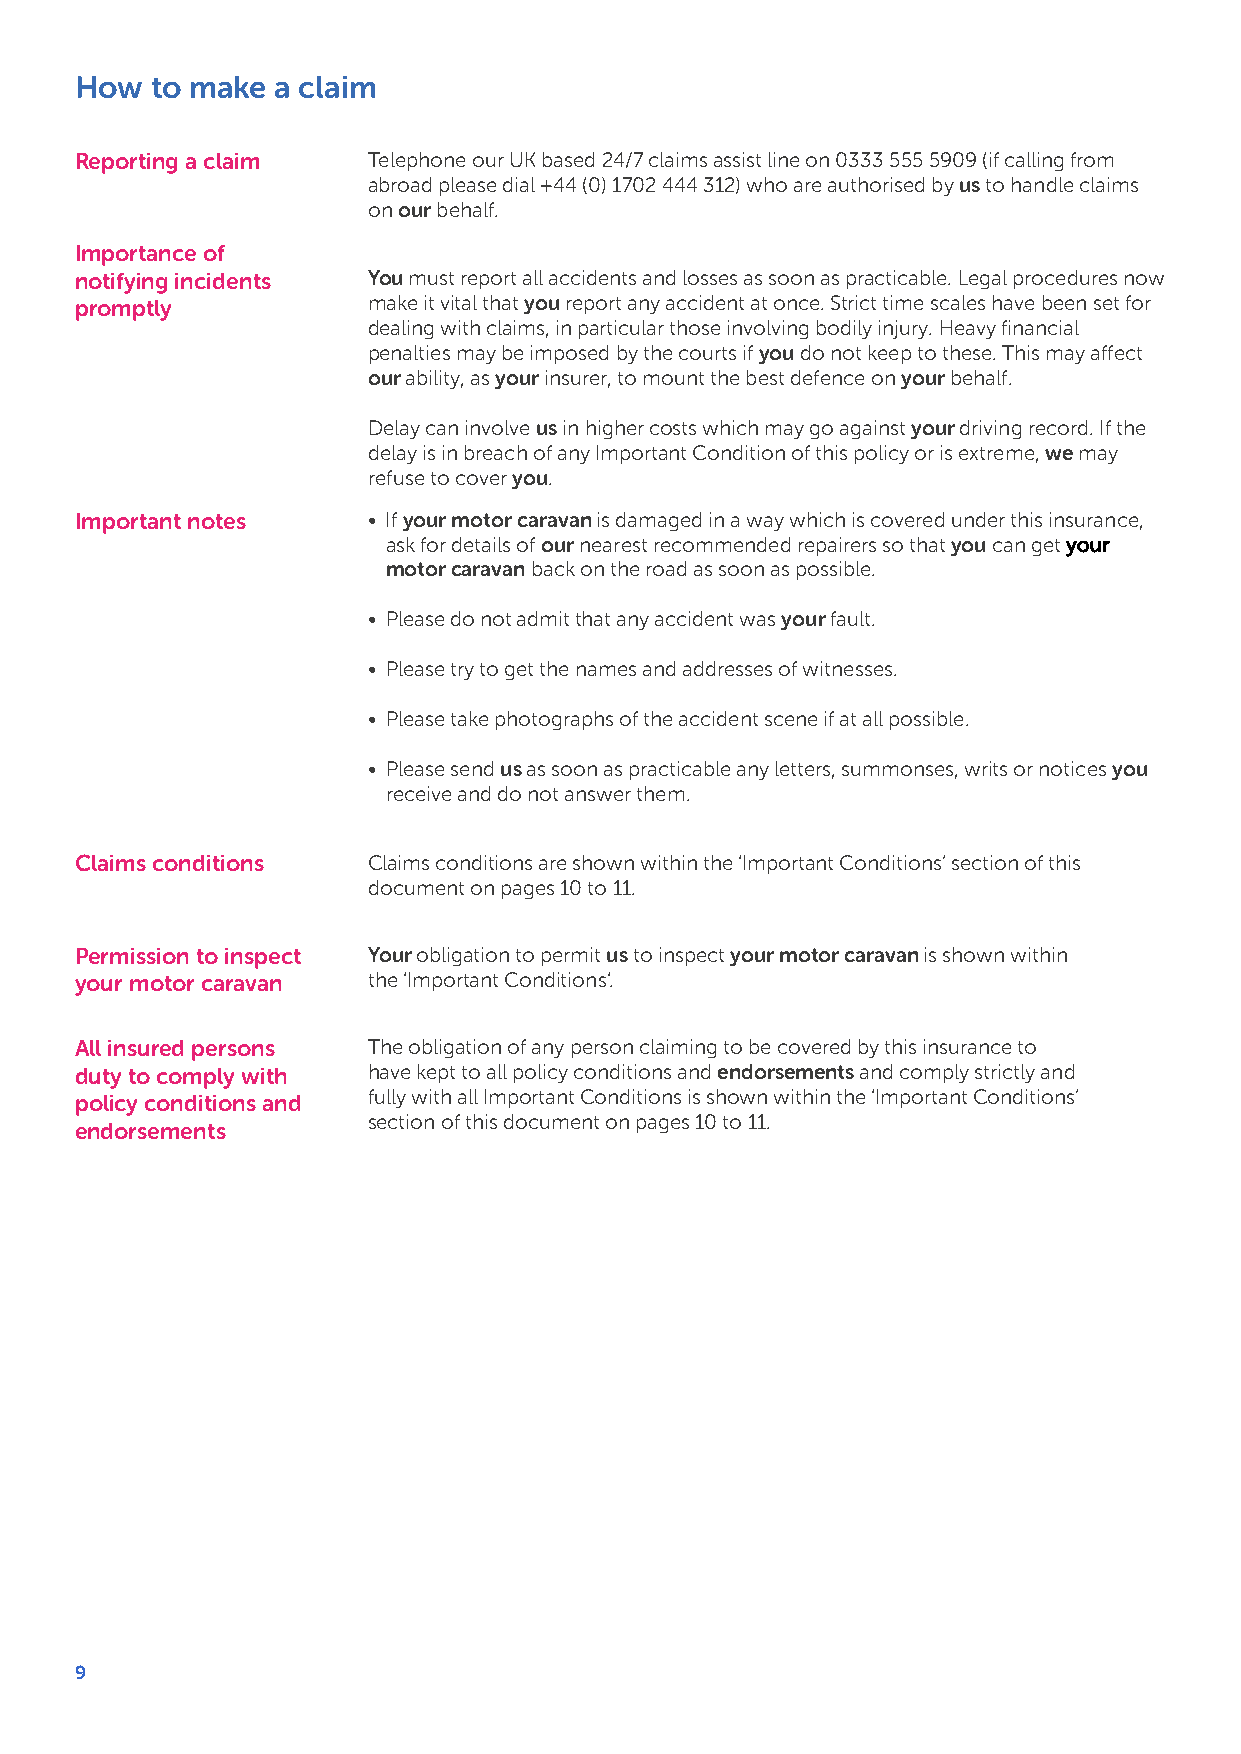
How  to make a claim
 Reporting a claim  Telephone our UK based 24/7 claims assist line on 0333 555 5909 (if calling from
 abroad please dial +44 (0) 1702 444 312) who are authorised by us to handle claims
 on our behalf.
 Importance of
 notifying incidents You must report all accidents and losses as soon as practicable. Legal procedures now
 promptly           make it vital that you report any accident at once. Strict time scales have been set for
 dealing with claims, in particular those involving bodily injury. Heavy financial
 penalties may be imposed by the courts if you do not keep to these. This may affect
 our ability, as your insurer, to mount the best defence on your behalf.
 Delay can involve us in higher costs which may go against your driving record. If the
 delay is in breach of any Important Condition of this policy or is extreme, we may
 refuse to cover you.
 Important notes    • If your motor caravan is damaged in a way which is covered under this insurance,
 ask for details of our nearest recommended repairers so that you can get your
 motor caravan back on the road as soon as possible.
 • Please do not admit that any accident was your fault.
 • Please try to get the names and addresses of witnesses.
 • Please take photographs of the accident scene if at all possible.
 • Please send us as soon as practicable any letters, summonses, writs or notices you
 receive and do not answer them.
 Claims conditions  Claims conditions are shown within the ‘Important Conditions’ section of this
 document on pages 10 to 11.
 Permission to inspect Your obligation to permit us to inspect your motor caravan is shown within
 your motor caravan the ‘Important Conditions‘.
 All insured persons The obligation of any person claiming to be covered by this insurance to
 duty to comply with have kept to all policy conditions and endorsements and comply strictly and
 policy conditions and fully with all Important Conditions is shown within the ‘Important Conditions’
 section of this document on pages 10 to 11.
 endorsements
 9